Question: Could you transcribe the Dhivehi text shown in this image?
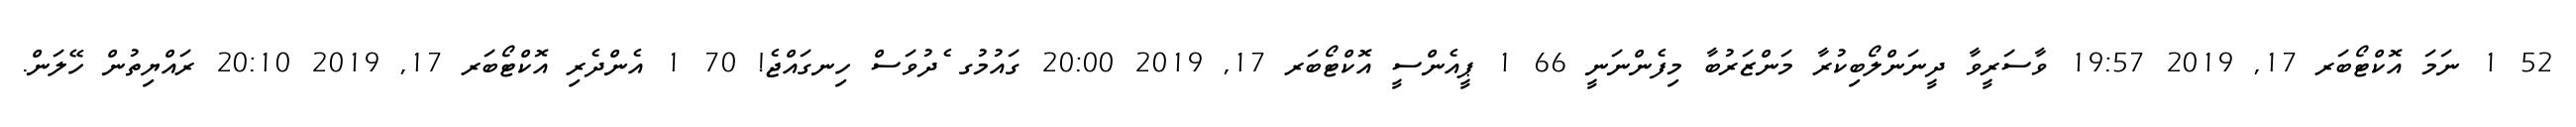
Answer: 52 1 ނަމަ އޮކްޓޯބަރ 17, 2019 19:57 ވާސަރީވާ ދީނަންލޯބިކުރާ މަންޒަރުބާ މިފެންނަނީ 66 1 ޕީއެންސީ އޮކްޓޯބަރ 17, 2019 20:00 ގައުމުގ ެދުވަސް ހިނގައްޖެ! 70 1 އެންދެރި އޮކްޓޯބަރ 17, 2019 20:10 ރައްޔިތުން ހޭލަން.